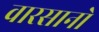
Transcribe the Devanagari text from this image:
वारसानो